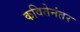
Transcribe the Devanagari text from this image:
कवितेनंतर